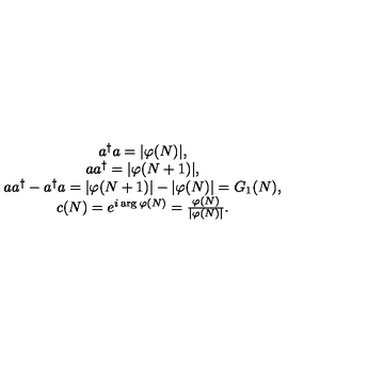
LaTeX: \begin{array} { c } { a ^ { \dagger } a = | \varphi ( N ) | , } \\ { a a ^ { \dagger } = | \varphi ( N + 1 ) | , } \\ { a a ^ { \dagger } - a ^ { \dagger } a = | \varphi ( N + 1 ) | - | \varphi ( N ) | = G _ { 1 } ( N ) , } \\ { c ( N ) = e ^ { i \arg \varphi ( N ) } = \frac { \varphi ( N ) } { | \varphi ( N ) | } . } \\ \end{array}